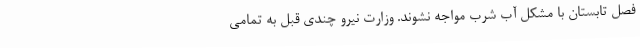
فصل تابستان با مشکل آب شرب مواجه نشوند. وزارت نیرو چندی قبل به تمامی